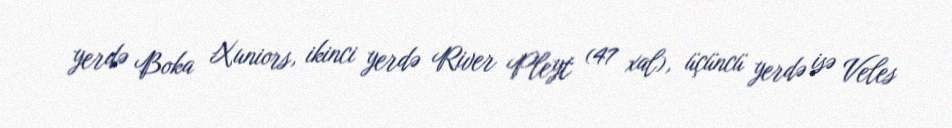
yerdə Boka Xuniors, ikinci yerdə River Pleyt (47 xal), üçüncü yerdə isə Veles